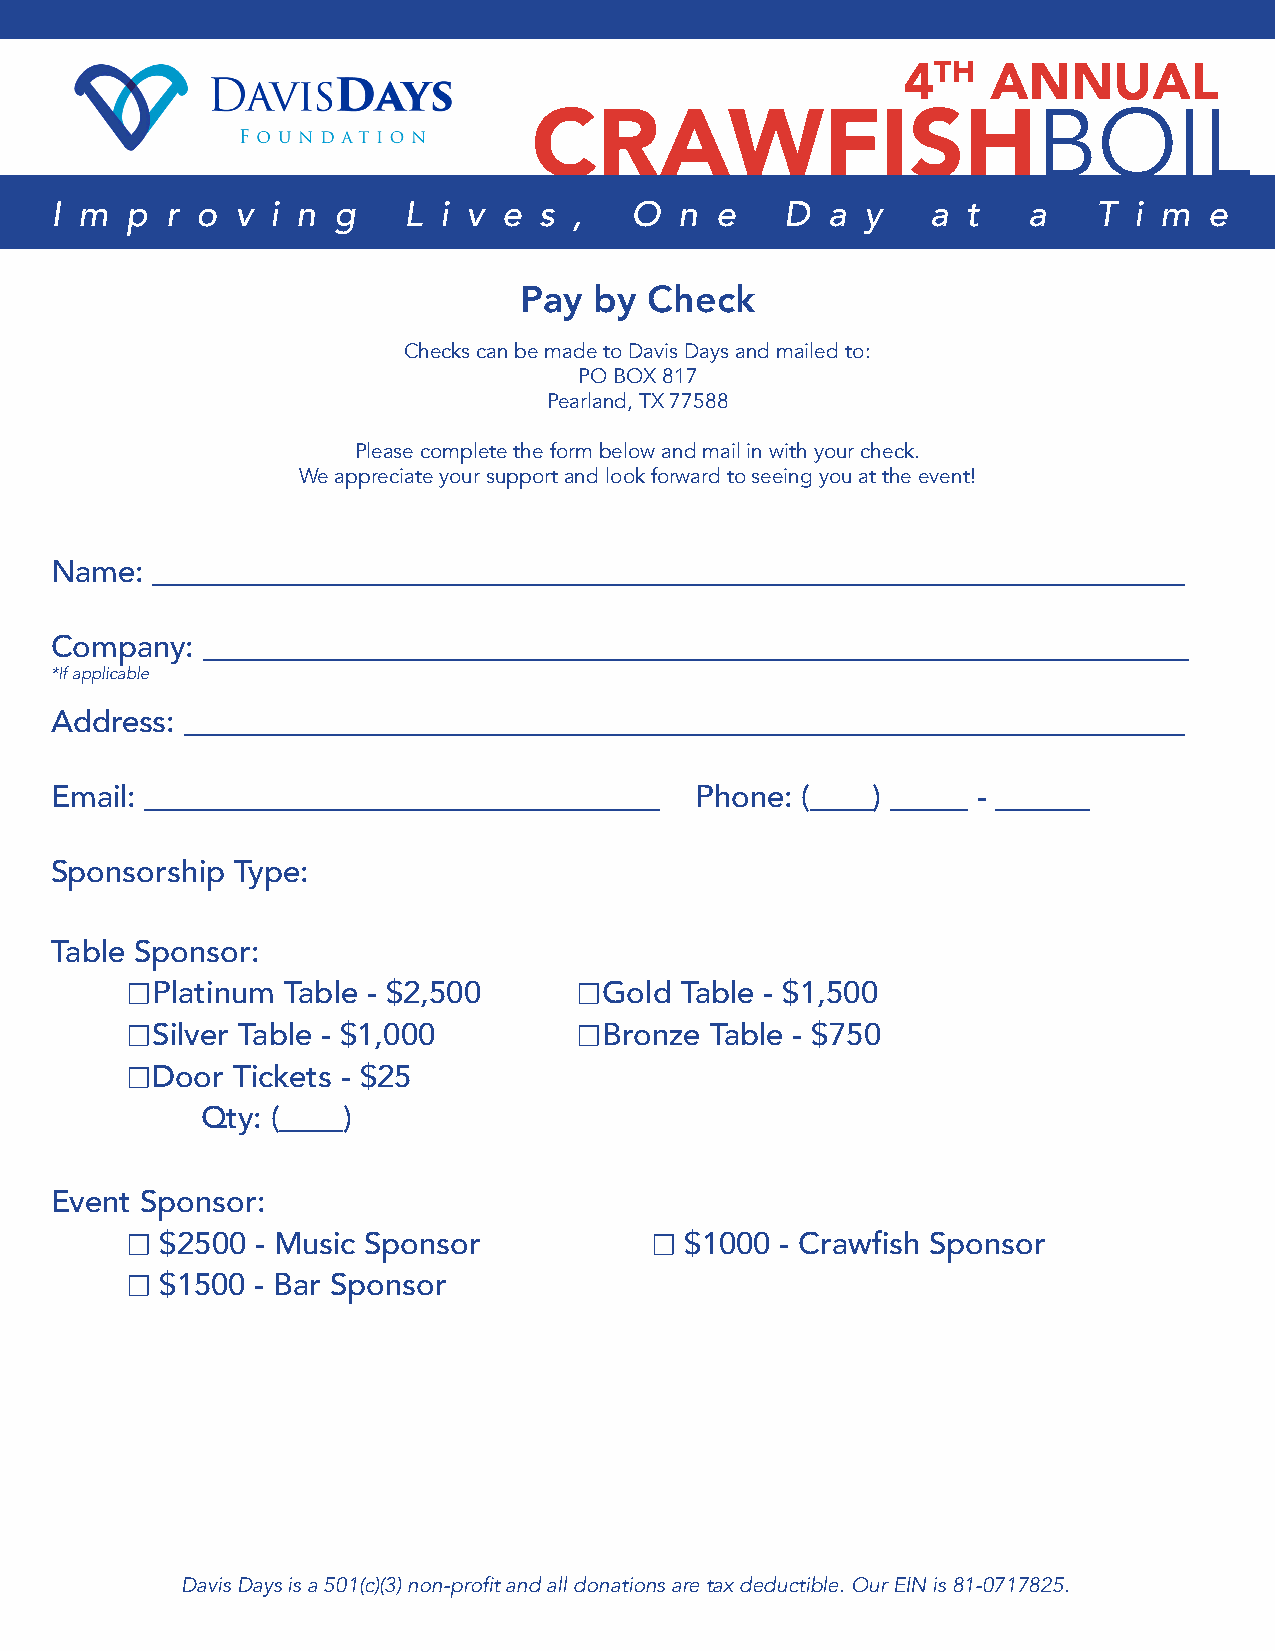
4TH   ANNUAL
 BOIL
 CRAWFISH
 I m  p  r o  v i n g    L i v e  s ,   O  n e    D  a y    a t   a    T i m  e
 Pay  by  Check
 Checks can be made to Davis Days and mailed to:
 PO BOX 817
 Pearland, TX 77588
 Please complete the form below and mail in with your check.
 We appreciate your support and look forward to seeing you at the event!
 Name:  __________________________________________________________________
 Company:  _______________________________________________________________
 *If applicable
 Address: ________________________________________________________________
 Email: _________________________________   Phone: (____) _____ - ______
 Sponsorship Type:
 Table Sponsor:
 ☐Platinum  Table - $2,500     ☐Gold  Table - $1,500
 ☐Silver Table - $1,000        ☐Bronze  Table - $750
 ☐Door  Tickets - $25
 Qty: (____)
 Event Sponsor:
 ☐  $2500 - Music Sponsor           ☐ $1000  - Crawfish Sponsor
 ☐  $1500 - Bar Sponsor
 Davis Days is a 501(c)(3) non-profit and all donations are tax deductible. Our EIN is 81-0717825.